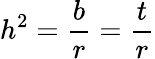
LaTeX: h^{2}={\frac{b}{r}}={\frac{t}{r}}